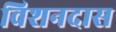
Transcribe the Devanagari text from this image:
विशनदास